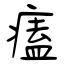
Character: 𤸱